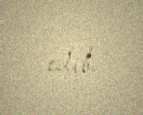
edib.